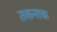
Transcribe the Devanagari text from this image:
तकनाक